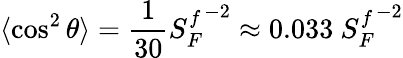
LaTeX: \langle\cos^{2}\theta\rangle=\frac{1}{30}{S_{F}^{f}}^{-2}\approx 0.033~{S_{F}^{f}}^{-2}